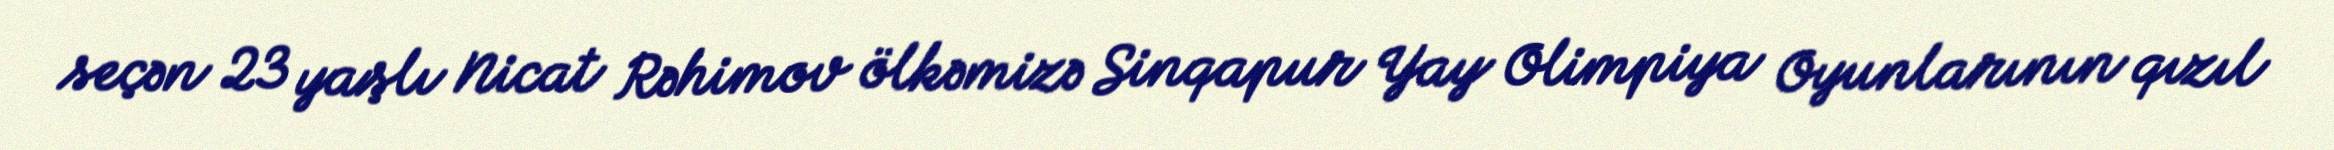
seçən 23 yaşlı Nicat Rəhimov ölkəmizə Sinqapur Yay Olimpiya Oyunlarının qızıl